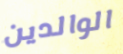
الوالدين